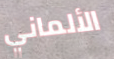
الألماني